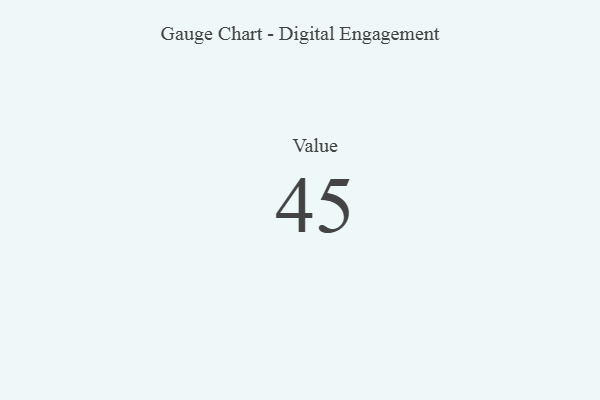
{"axis": {"x": "Metric", "y": "Value"}, "legend": [""], "data": [{"x": "Value", "y": 45, "type": ""}]}